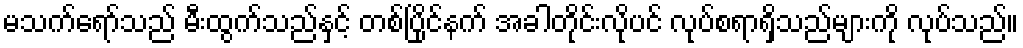
မသက်ရော်သည် မီးထွက်သည်နှင့် တစ်ပြိုင်နက် အခါတိုင်းလိုပင် လုပ်စရာရှိသည်များကို လုပ်သည်။